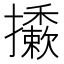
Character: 𢹀